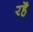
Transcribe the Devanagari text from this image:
रहॆं